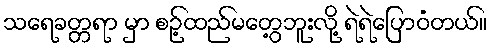
သရေခတ္တရာ မှာ စဉ့်ထည်မတွေ့ဘူးလို့ ရဲရဲပြောဝံတယ်။